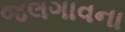
જલગાવના